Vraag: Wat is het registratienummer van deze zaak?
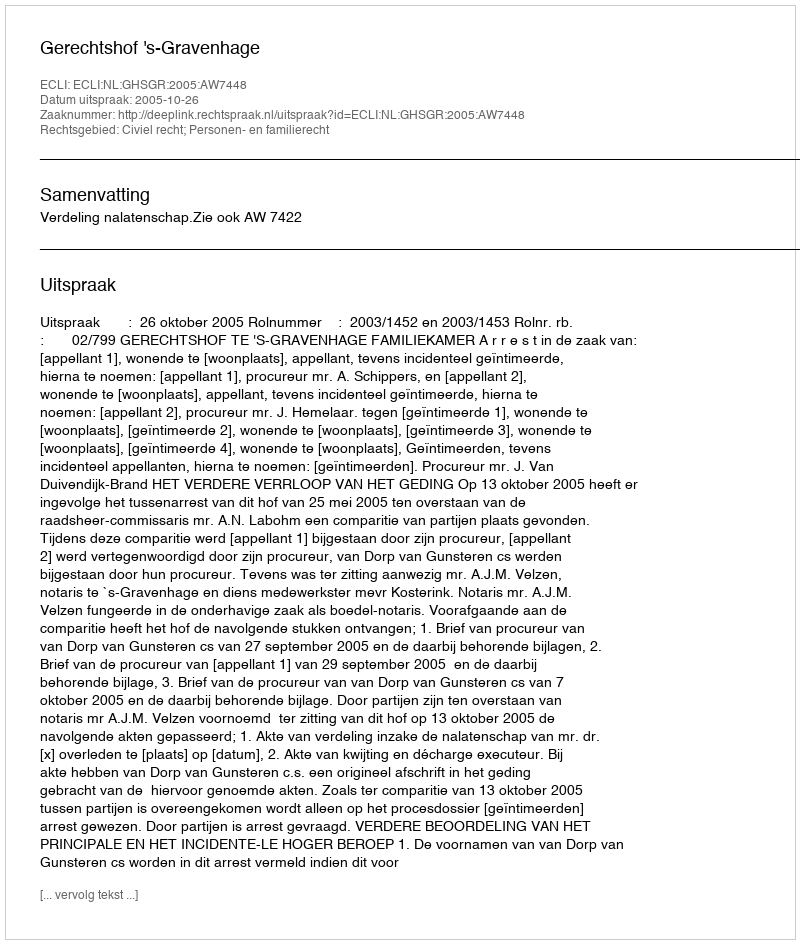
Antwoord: http://deeplink.rechtspraak.nl/uitspraak?id=ECLI:NL:GHSGR:2005:AW7448